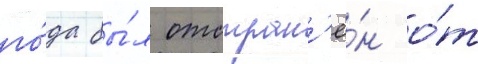
го́да бы́л отстран'ё́н о́т